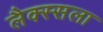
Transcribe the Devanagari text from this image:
लैक्स्सला